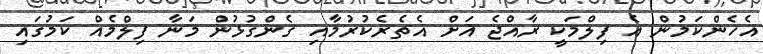
އެހެންކަމުން އެ ފިލްމަކީ ރާއްޖެ އަށް އެތެރެކުރުމާއި ގެންގުޅުން މަނާ ފިލްމެއް ކަމުގައި